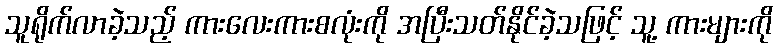
သူရိုက်လာခဲ့သည့် ကားလေးကားစလုံးကို အပြီးသတ်နိုင်ခဲ့သဖြင့် သူ့ ကားများကို